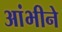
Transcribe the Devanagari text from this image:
आंभीने